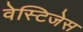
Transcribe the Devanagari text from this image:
वेस्टिजेस